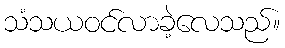
သံသယဝင်လာခဲ့လေသည်။